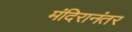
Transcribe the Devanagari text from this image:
मंदिरानंतर